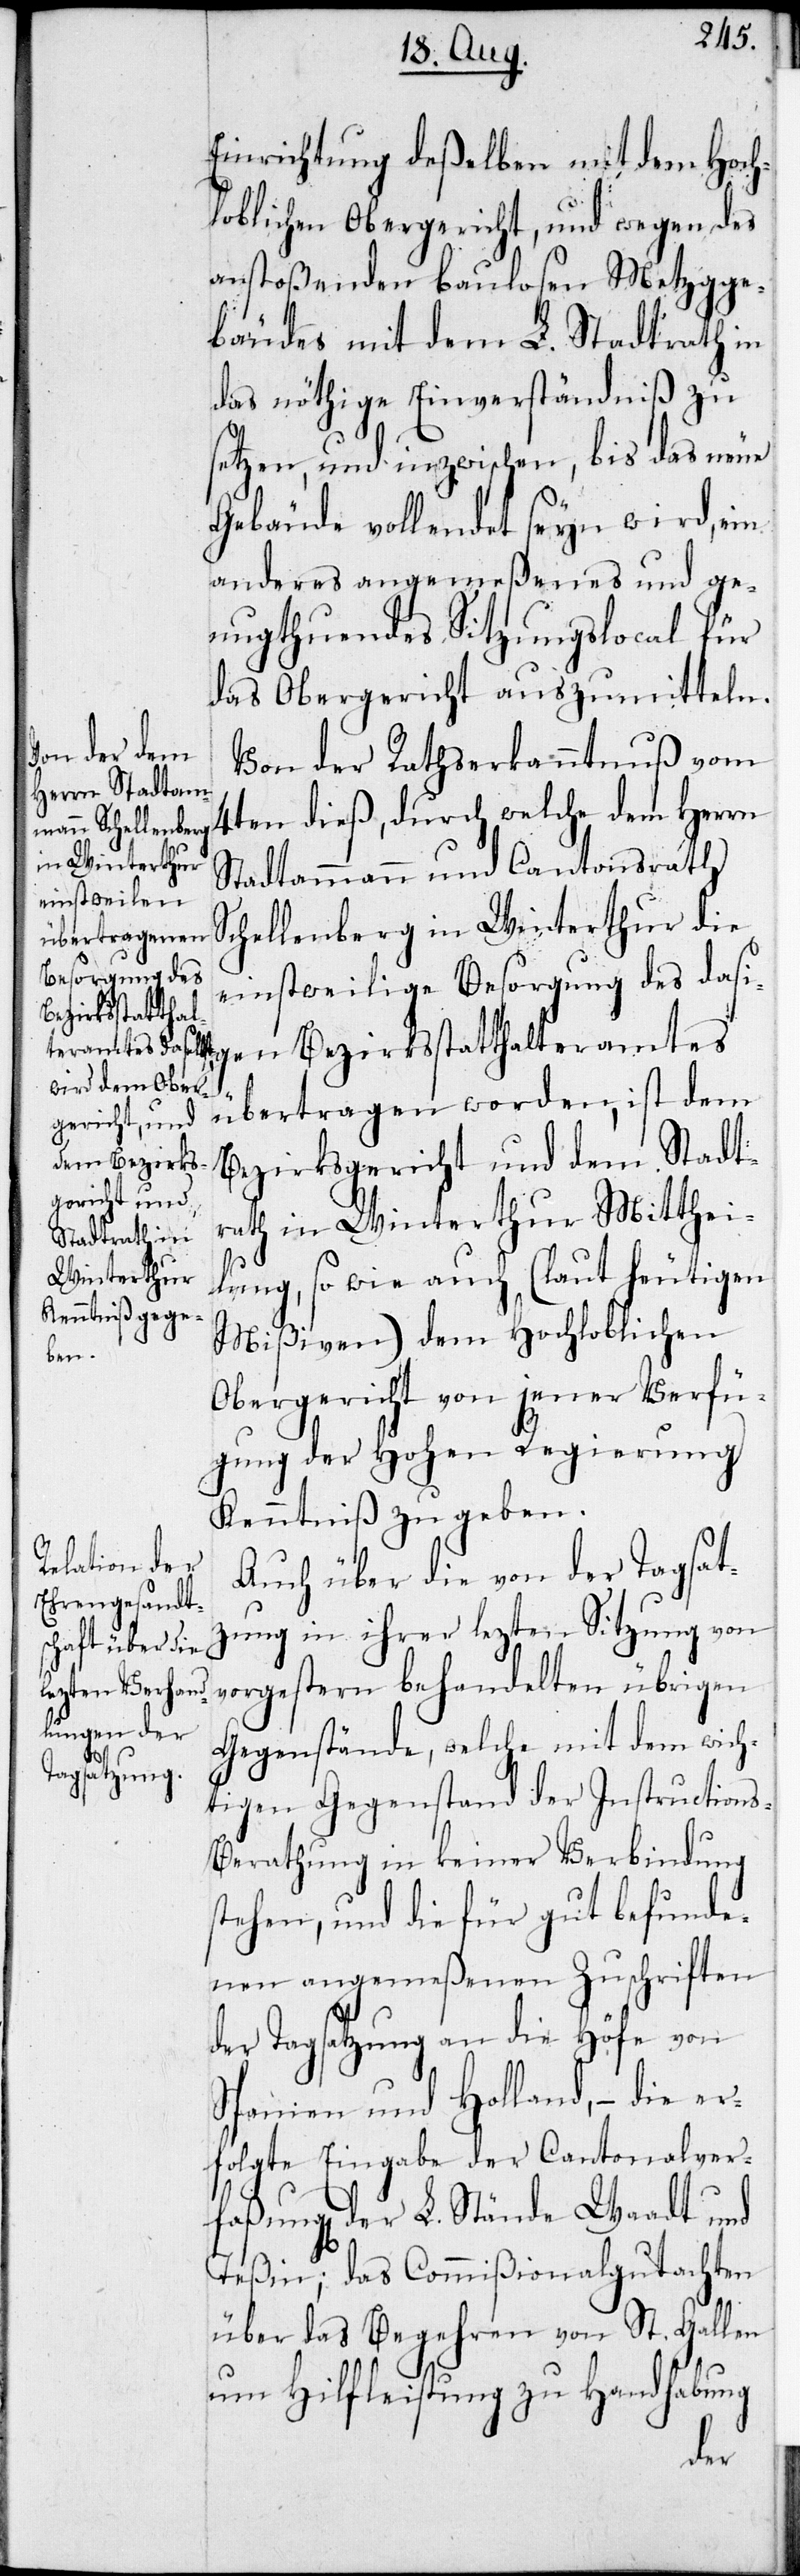
Einrichtung deßelben mit dem Hoch¬
loblichen Obergericht, und wegen des
anstoßenden baulosen Metzgge¬
bäudes mit dem L. Stadtrath in
das nöthige Einverständniß zu
setzen, und inzwischen, bis das neue
Gebäude vollendet seyn wird, ein
anderes angemeßenes und ge¬
nugthuendes Sitzungslocal für
das Obergericht auszumitteln.
Von der Rathserkanntnuß vom
4ten dieß, durch welche dem Herrn
Stadtamman und Cantonsrath
Schellenberg in Winterthur die
einstweilige Besorgung des dasi¬
Bezirksstatthal¬
bertragen worden, ist dem
ü¬
Bezirksgericht und dem Stadt¬
rath in Winterthur Mitthei¬
lung, sowie auch (laut heutigen
Mißiven ) dem Hochloblichen
Obergericht von jener Verfü¬
gung der Hohen Regierung
Kenntniß zu geben.
Auch über die von der Tagsat¬
zung in ihrer lezten Sitzung von
vorgestern behandelten übrigen
Gegenstände, welche mit dem wich¬
tigen Gegenstand der Instructions¬
berathung in keiner Verbindung
stehen, und die für gut befunde¬
nen angemeßenen Zuschriften
der Tagsatzung an die Höfe von
Spanien und Holland, – die er¬
folgte Eingabe der Cantonalver¬
faßung[en] der L. Stände Waadt und
Teßin; das Commißionalgutachten
über das Begehren von St. Gallen
um Hilfleistung zu Handhabung
tes